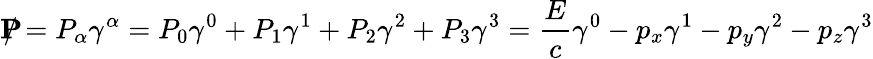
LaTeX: \mathbf{P}\! \! \! \! /=P_{\alpha}\gamma^{\alpha}=P_{0}\gamma^{0}+P_{1}\gamma^{1}+P_{2}\gamma^{2}+P_{3}\gamma^{3}={\frac{E}{c}}\gamma^{0}-p_{x}\gamma^{1}-p_{y}\gamma^{2}-p_{z}\gamma^{3}